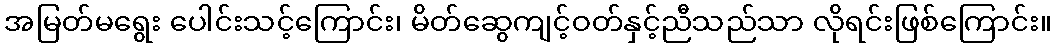
အမြတ်မရွေး ပေါင်းသင့်ကြောင်း၊ မိတ်ဆွေကျင့်ဝတ်နှင့်ညီသည်သာ လိုရင်းဖြစ်ကြောင်း။